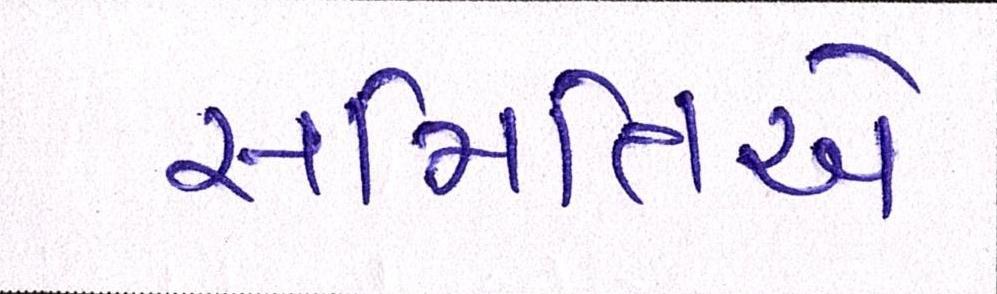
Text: સમિતિએ